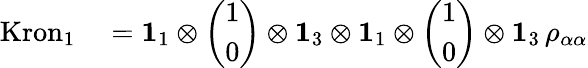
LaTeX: \begin{array}{rl}{\mathrm{Kron}_{1}}&{{}=\mathbf{1}_{1}\otimes\left(\begin{array}{l}{1}\\ {0}\end{array}\right)\otimes\mathbf{1}_{3}\otimes\mathbf{1}_{1}\otimes\left(\begin{array}{l}{1}\\ {0}\end{array}\right)\otimes\mathbf{1}_{3}\, \rho_{\alpha\alpha}}\end{array}